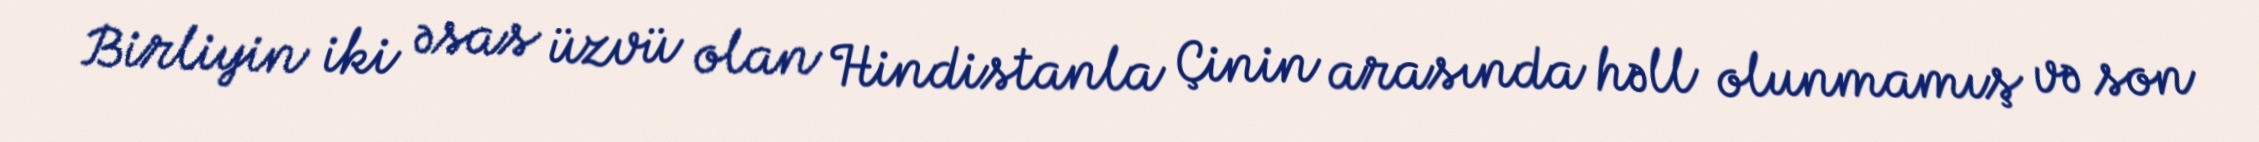
Birliyin iki əsas üzvü olan Hindistanla Çinin arasında həll olunmamış və son